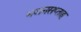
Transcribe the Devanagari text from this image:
भजनसप्‍ताह